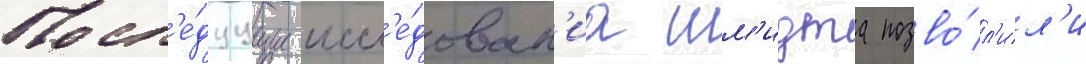
Посл'е́дуущие иссл'е́дован'иа шм'идта позво́л'ил'и